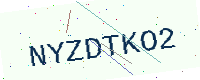
Text: NYZDTKO2